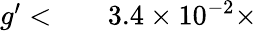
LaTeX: \begin{array}{rlr}{g^{\prime}<}&{{}}&{3.4\times 10^{-2}\times}\end{array}